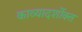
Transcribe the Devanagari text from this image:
काव्यादर्शोक्त